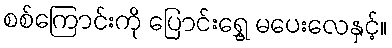
စစ်ကြောင်းကို ပြောင်းရွှေ့ မပေးလေနှင့်။